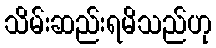
သိမ်းဆည်းရမိသည်ဟု